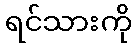
ရင်သားကို